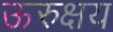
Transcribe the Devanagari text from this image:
ऊरुक्षय